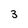
Character: 3